Report on plague in the Punjab from October 1st ... to September 30th ..., being the ... season of plague in the province
Disease focus: Plague
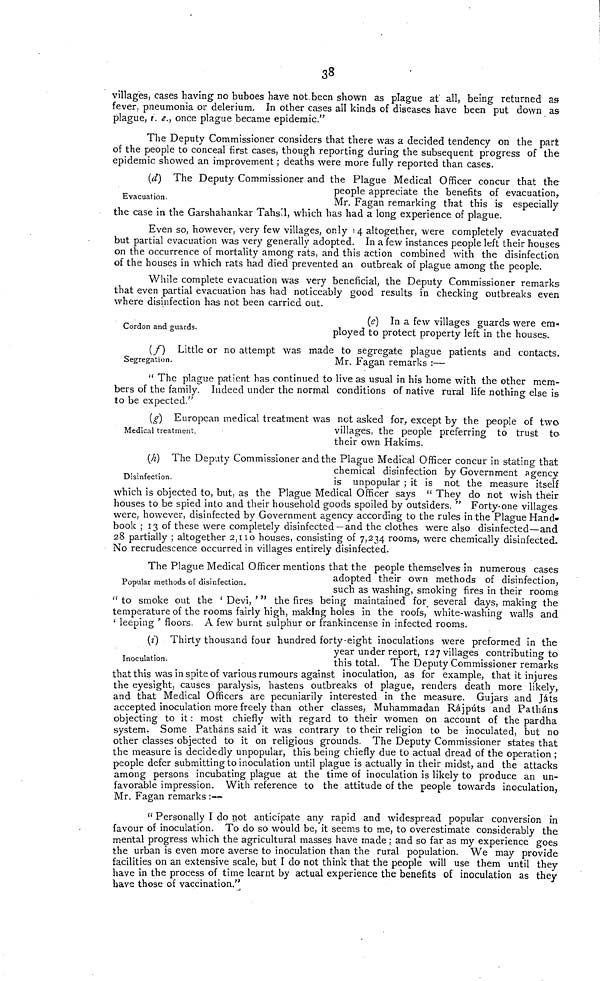
38
villages, cases having no buboes have not. been shown as plague at' all, being returned as
fever, pneumonia or delerium. In other cases all kinds of diseases have been put down as
plague, i.e., once plague became epidemic."
The Deputy Commissioner considers that there was a decided tendency on the part
of the people to conceal first cases, though reporting during the subsequent progress of the
epidemic showed an improvement ; deaths were more fully reported than cases.
(d) The Deputy Commissioner and the Plague Medical Officer concur that the
people appreciate the benefits of evacuation,
Evacuation.
Mr.
Fagan remarking
that
this is especially
the case in the Garshahankar Tahs'l, which has had a long experience of plague.
Even so, however, very few villages, only 14 altogether, were completely evacuated
but partial evacuation was very generally adopted. In a few instances people left their houses
on the occurrence of mortality among rats, and this action combined with the disinfection
of the houses in which rats had died prevented an outbreak of plague among the people.
While complete evacuation was very beneficial, the Deputy Commissioner remarks
that even partial evacuation has had noticeably good results in checking outbreaks even
where disinfection has not been carried out.
(e) In a few villages guards were em-
Cordon and guards.
ployed to protect property left in the houses.
(/)
Little or no attempt was made to segregate plague patients and contacts.
Segregation.
Mr. Fagan remarks :—
" The plague patient has continued to live as usual in his home with the other mem-
bers of the family. Indeed under the normal conditions of native rural life nothing else is
to be expected."
(g) European medical treatment was not asked for, except by the people of two
Medical treatment.
villages, the people preferring to trust to
their own Hakims.
(h) The Deputy Commissioner and the Plague Medical Officer concur in stating that
chemical disinfection by Government agency
Disinfection.
is
unpopular;
it
is
not
the
measure
itself
which is objected to, but, as the Plague Medical Officer says " They do not wish their
houses to be spied into and their household goods spoiled by outsiders. " Forty-one villages
were, however, disinfected by Government agency according to the rules in the Plague Hand«
book ; 13 of these were completely disinfected—and the clothes were also disinfected—and
28 partially ; altogether 2,110 houses, consisting of 7,234 rooms, were chemically disinfected.
No recrudescence occurred in villages entirely disinfected.
The Plague Medical Officer mentions that the people themselves in numerous cases
adopted their own methods of disinfection,
Popular methods of disinfection.
such as washing, smoking fires in their rooms
" to smoke out the ' Devi, ' " the fires being maintained for several days, making the
temperature of the rooms fairly high, making holes in the roofs, white-washing walls and
' leeping ' floors. A few burnt sulphur or frankincense m infected rooms.
(i) Thirty thousand four hundred forty-eight inoculations were preformed in the
year under report, 127 villages contributing to
Inoculation.
this total. The Deputy Commissioner remarks
that this was in spite of various rumours against inoculation, as for example, that it injures
the eyesight, causes paralysis, hastens outbreaks of plague, renders death more likely,
and that Medical Officers are pecuniarily interested in the measure. Gujars and Játs
accepted inoculation more freely than other classes, Muhammadan Rajputs and Patháns
objecting to it : most chiefly with regard to their women on account of the pardha
system. Some Patháns said it was contrary to their religion to be inoculated, but no
other classes objected to it on religious grounds. The Deputy Commissioner states that
the measure is decidedly unpopular, this being chiefly due to actual dread of the operation ;
people defer submitting to inoculation until plague is actually in their midst,, and the attacks
among persons incubating plague at the time of inoculation is likely to produce an un-
favorable impression. With reference to the attitude of the people towards inoculation,
Mr. Fagan remarks :—
" Personally I do not anticipate any rapid and widespread popular conversion in
favour of inoculation. To do so would be, it seems to me, to overestimate considerably the
mental progress which the agricultural masses have made ; and so far as my experience goes
the urban is even more averse to inoculation than the rural population. We may provide
facilities on an extensive scale, but I do not think that the people will use them until they
have in the process of time learnt by actual experience the benefits of inoculation as they
bave those of vaccination."